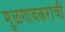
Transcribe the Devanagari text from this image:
मुळगावकरांची